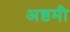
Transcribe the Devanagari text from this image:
अष्ठमी